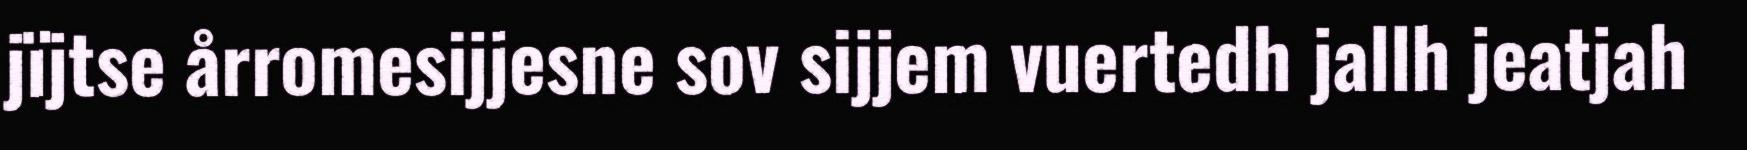
jïjtse årromesijjesne sov sijjem vuertedh jallh jeatjah